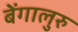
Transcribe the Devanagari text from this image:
बेंगालुरु